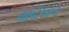
જોષીઓના